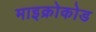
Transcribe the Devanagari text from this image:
माइक्रोकोड